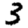
Digit: 3